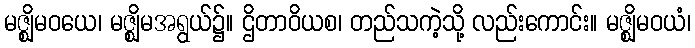
မဇ္ဈိမဝယေ၊ မဇ္ဈိမအရွယ်၌။ ဌိတာဝိယစ၊ တည်သကဲ့သို့ လည်းကောင်း။ မဇ္ဈိမဝယံ၊